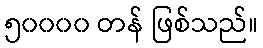
၅၀၀၀၀ တန် ဖြစ်သည်။